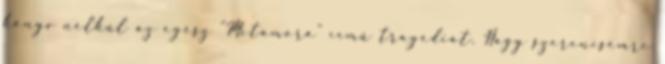
könyv nélkül az egész "Metamora" című tragédiát. Nagy szerencsémre